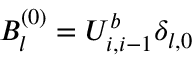
B _ { l } ^ { ( 0 ) } = U _ { i , i - 1 } ^ { b } \delta _ { l , 0 }